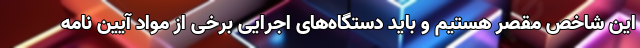
این شاخص مقصر هستیم و باید دستگاه‌های اجرایی برخی از مواد آیین نامه